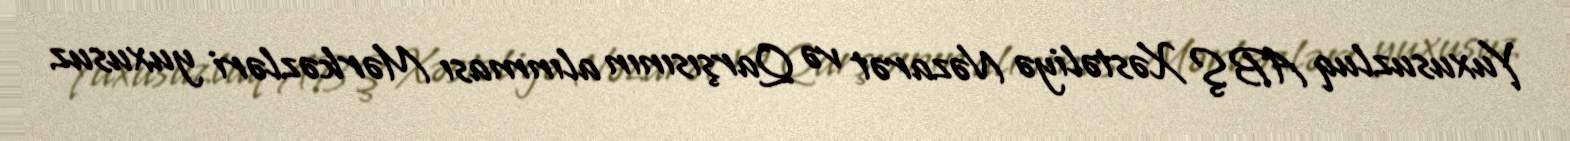
Yuxusuzluq ABŞ Xəstəliyə Nəzarət və Qarşısının alınması Mərkəzləri yuxusuz